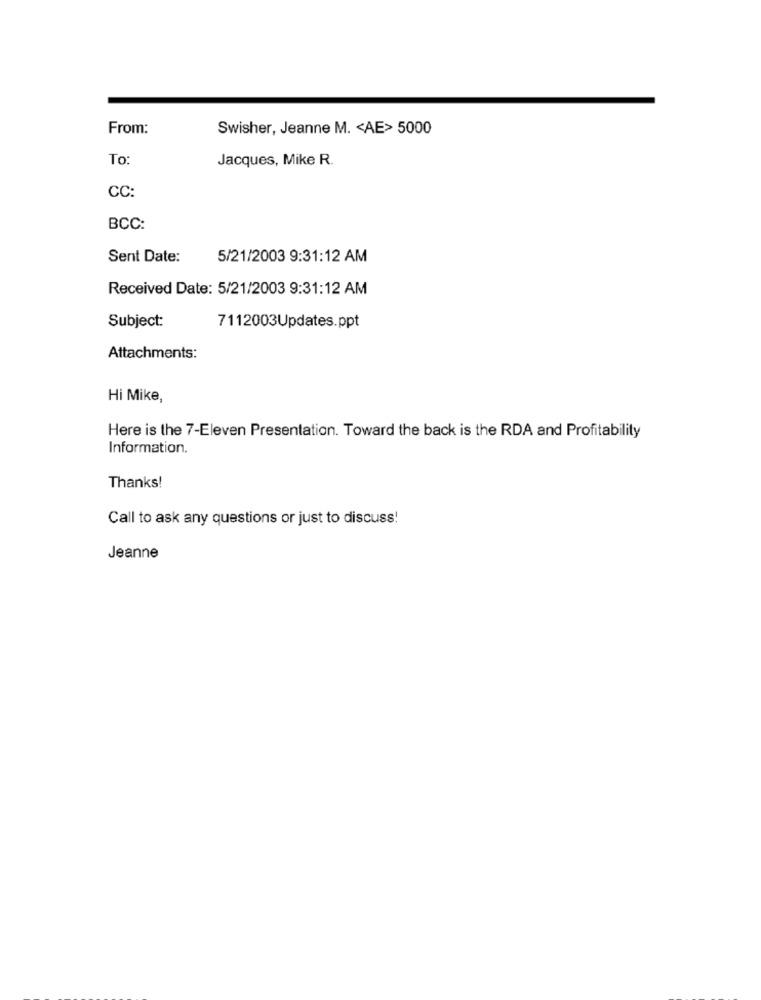
From:
Swisher, Jeanne M. < AE> 5000
To
Jacques, Mike R.
CC:
BCC:
Sent Date:
5/21/2003 9:31:12 AM
Received Date: 5/21/2003 9:31:12 AM
Subject:
7112003Updates.ppt
Attachments:
Hi Mike,
Here is the 7-Eleven Presentation. Toward the back is the RDA and Profitability
Information.
Thanks!
Call to ask any questions or just to discuss!
Jeanne